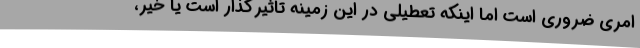
امری ضروری است اما اینکه تعطیلی در این زمینه تاثیرگذار است یا خیر،